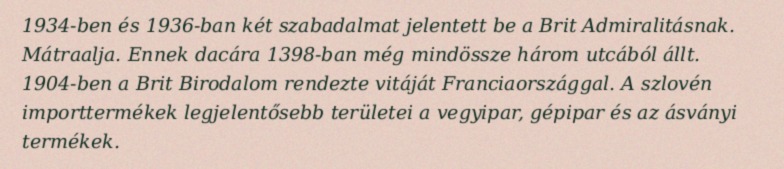
1934-ben és 1936-ban két szabadalmat jelentett be a Brit Admiralitásnak. Mátraalja. Ennek dacára 1398-ban még mindössze három utcából állt. 1904-ben a Brit Birodalom rendezte vitáját Franciaországgal. A szlovén importtermékek legjelentősebb területei a vegyipar, gépipar és az ásványi termékek.